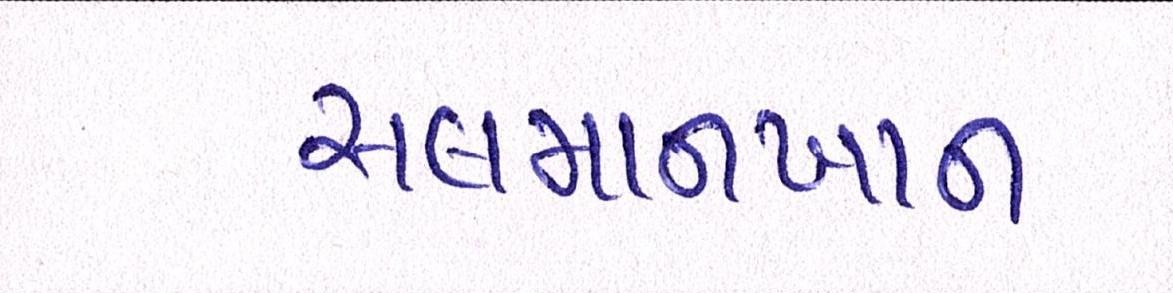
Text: સલમાનખાન